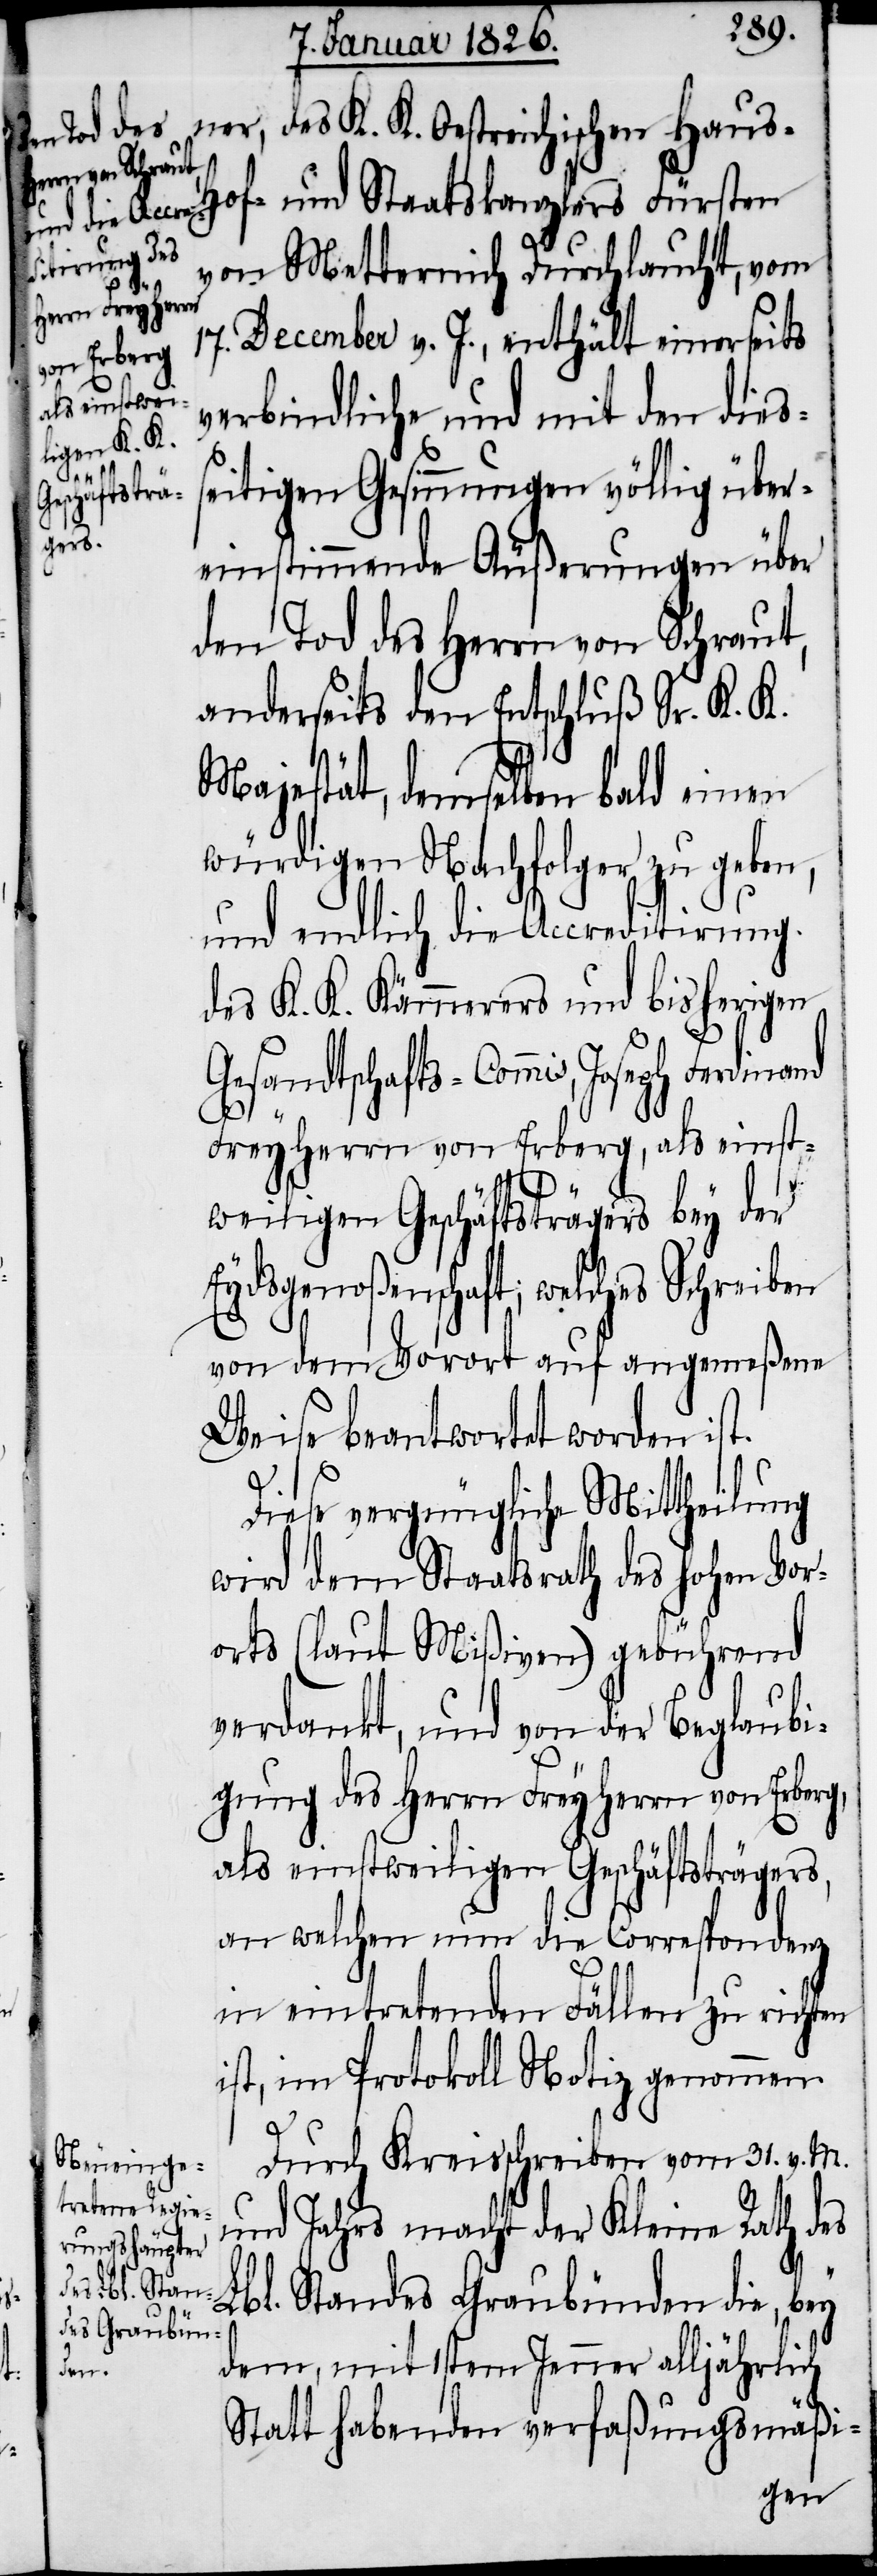
ner, des K. K. Oestreichischen Haus-
Hof- und Staatskanzlers Fürsten
von Metternich Durchlaucht, vom
17. December v. J., enthält einerseits
verbindliche und mit den dies¬
seitigen Gesinnungen völlig über¬
einstimmende Äußerungen über
den Tod des Herrn von Schraut,
anderseits den Entschluß Sr. K. K.
Majestät, demselben bald einen
würdigen Nachfolger zu geben,
und endlich die Accreditirung
des K. K. Kämmerers und bisherigen
Gesandtschafts-Commis, Joseph Ferdinand
Freyherrn von Erberg, als einst¬
weiligen Geschäftsträgers bey der
Eydsgenoßenschaft; welches Schreiben
von dem Vorort auf angemeßene
Weise beantwortet worden ist.
Diese vergnügliche Mittheilung
wird dem Staatsrath des hohen Vor¬
orts (laut Mißiven) gebührend
verdankt, und von der Beglaubi¬
gung des Herrn Freyherrn von Erberg,
als einstweiligen Geschäftsträgers,
an welchen nun die Correspondenz
in eintretenden Fällen zu richten
ist, im Protokoll Notiz genommen.
Durch Kreisschreiben vom 31. v. M.
und Jahrs macht der Kleine Rath des
Lbl. Standes Graubünden die, be¬
y
dem, mit 1stem Jenner alljährlich
Statt habenden verfaßungsmäßi-